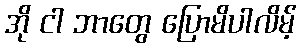
အို ငါ ဘာတွေ ပြောမိပါလိမ့်